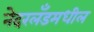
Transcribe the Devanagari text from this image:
नेदरलँडमधील